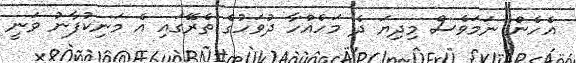
އެހެން ނަމަވެސް މިދިޔަ ދެ މަހެއްހާ ދުވަހުގެ ތެރޭގައި އެ މަނިކުފާނު ވަނީ